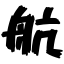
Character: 航